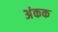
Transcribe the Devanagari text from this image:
अंकक